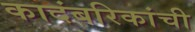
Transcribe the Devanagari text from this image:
कादंबरिकांची